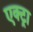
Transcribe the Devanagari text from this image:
एक्ट्रा